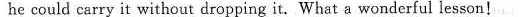
he could carry it without dropping it. What a wonderful lesson!